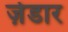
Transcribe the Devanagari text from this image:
ज़ेडार